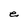
Character: e